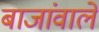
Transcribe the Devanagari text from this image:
बाजांवाले